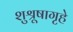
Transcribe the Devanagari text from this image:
शुश्रूषागृहे